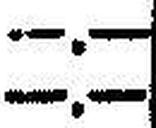
—.—